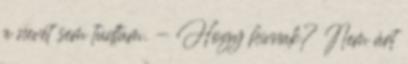
a nevét sem tudtam. - Hogy hívnak? Nem árt